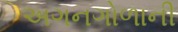
અગનગોળાની